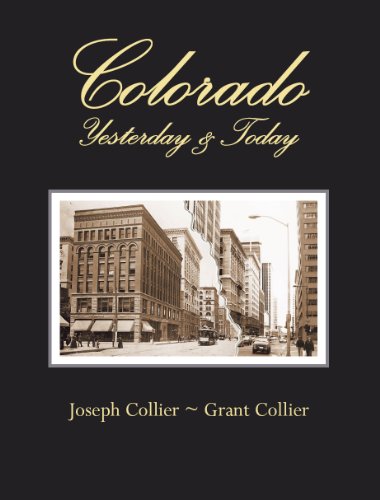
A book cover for Colorado, Yesterday & Today; Grant Collier; Travel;